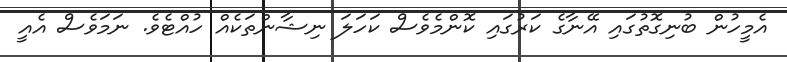
އެމީހުން ބުނިގޮތުގައި އޭނާގެ ކަރުގައި ކޮންމެވެސް ކަހަލަ ނިޝާންތަކެއް ހުއްޓެވެ. ނަމަވެސް އެއީ